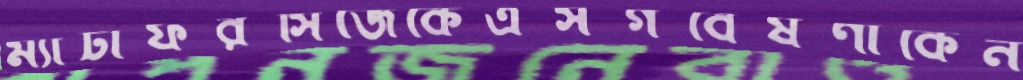
ম্যাটাফরসিজেকেএসগবেষণাকেন